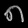
Digit: ၈